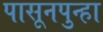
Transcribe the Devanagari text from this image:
पासूनपुन्हा